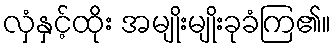
လှံနှင့်ထိုး အမျိုးမျိုးခုခံကြ၏။